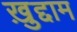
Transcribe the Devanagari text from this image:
ख़ुद्दाम